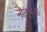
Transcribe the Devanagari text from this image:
नौतनवां